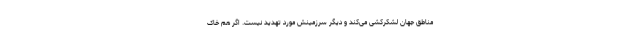
مناطق جهان لشکرکشی می‌کند و دیگر سرزمینش مورد تهدید نیست. اگر هم خاک